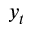
y _ { t }